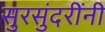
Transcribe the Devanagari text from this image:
सुरसुंदरींनी